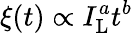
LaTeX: \xi(t)\propto I_{\mathrm{L}}^{a}t^{b}